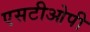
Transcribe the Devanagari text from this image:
एसटीओपी